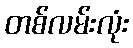
တစ်လမ်းလုံး